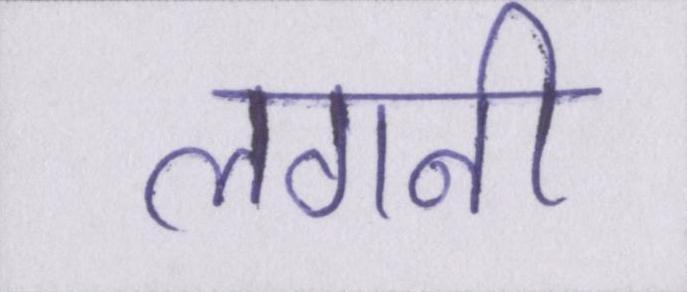
लगनी